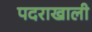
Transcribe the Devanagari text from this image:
पदराखाली